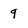
Character: 9